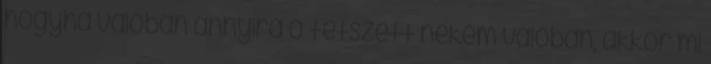
hogyha valóban annyira ő tetszett nekem valóban, akkor mi